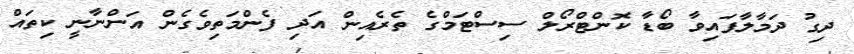
ދިގު ދަމާލާފައިވާ ބޯޑާ ކޮންޓްރޯލް ސިސްޓަމްގެ ތެރެއިން އަދި ފެންމަތިވެގެން އަންނާނީ ކިތައް